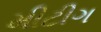
મીટીગ